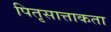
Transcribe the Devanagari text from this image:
पितृसात्ताकता